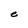
Character: e